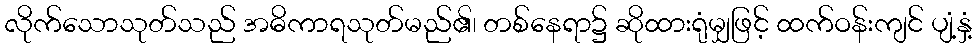
လိုက်သောသုတ်သည် အဓိကာရသုတ်မည်၏၊ တစ်နေရာ၌ ဆိုထားရုံမျှဖြင့် ထက်ဝန်းကျင် ပျံ့နှံ့